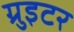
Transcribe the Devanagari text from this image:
ग्रुइटर